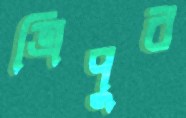
ত্রিপুর